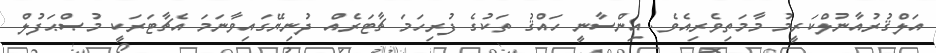
އަލްޤުރުއާނުލްކަރީމު މާމަތިވެރިއެވެ. އިންސާނީ ހައްޤު ތަކުގެ ފުރިހަމަ ޗާޓަރެއް ދުނިޔޭގައިވާނަމަ އެޗާޓަރަކީ މުޞްޙަފުލް